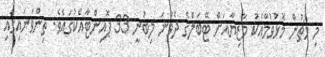
މި މެޗުން މޮޅުވުމާއެކު މާޒިޔާއަށް ޓޭބަލްގެ ދެވަނަ ލިބުނީ 33 ޕޮއިންޓާއެކުގައެވެ. ތިންވަނައިގައި